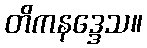
တိကနဒ္ဒေသ။